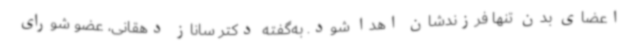
اعضای بدن تنها فرزندشان اهدا شود. به‌گفته دکتر ساناز دهقانی، عضو شورای